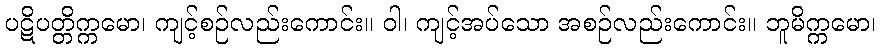
ပဋိပတ္တိက္ကမော၊ ကျင့်စဉ်လည်းကောင်း။ ဝါ၊ ကျင့်အပ်သော အစဉ်လည်းကောင်း။ ဘူမိက္ကမော၊